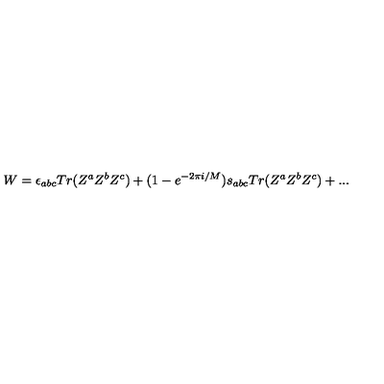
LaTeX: W = \epsilon _ { a b c } T r ( Z ^ { a } Z ^ { b } Z ^ { c } ) + ( 1 - e ^ { - 2 \pi i / M } ) s _ { a b c } T r ( Z ^ { a } Z ^ { b } Z ^ { c } ) + . . .